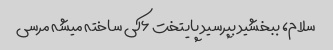
سلام، ببخشید بپرسید پایتخت ۶کی ساخته میشه مرسی